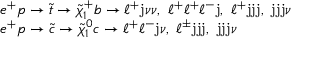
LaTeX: \begin{array} { l } { { e ^ { + } p \rightarrow \tilde { t } \rightarrow \tilde { \chi } _ { 1 } ^ { + } b \rightarrow \ell ^ { + } \mathrm { j } \nu \nu , ~ \ell ^ { + } \ell ^ { + } \ell ^ { - } \mathrm { j } , ~ \ell ^ { + } \mathrm { j j j } , ~ \mathrm { j j j } \nu } } \\ { { e ^ { + } p \rightarrow \tilde { c } \rightarrow \tilde { \chi } _ { 1 } ^ { 0 } c \rightarrow \ell ^ { + } \ell ^ { - } \mathrm { j } \nu , ~ \ell ^ { \pm } \mathrm { j j j } , ~ \mathrm { j j j } \nu } } \end{array}